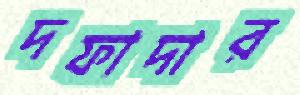
দফাদার